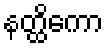
နတ္ထိကော